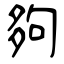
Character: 夠